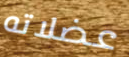
عضلاته